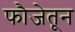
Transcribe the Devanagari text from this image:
फौजेतून